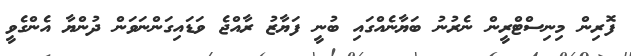
ފޮރިން މިނިސްޓްރީން ނެރުނު ބަޔާނެއްގައި ބުނީ ފަޔާޒު ރާއްޖެ ވަޑައިގަންނަވަން ދުންޔާ އެންގެވީ